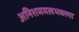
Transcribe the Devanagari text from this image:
अनिशममलभक्त्या